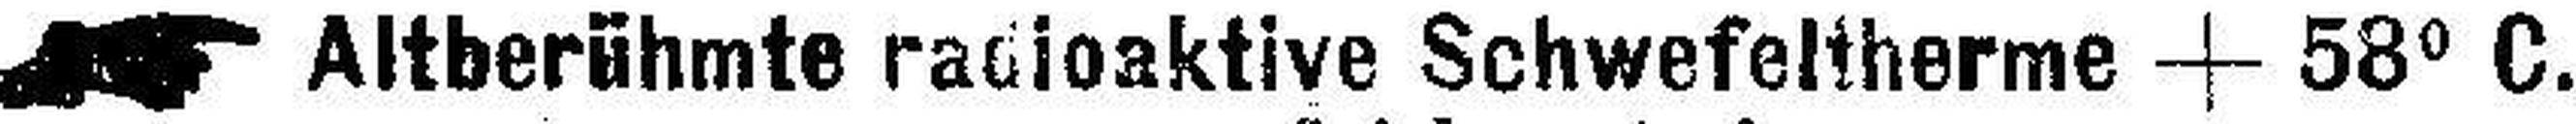
Altberühmte radioaktive Schwefeltherme + 58° C.